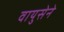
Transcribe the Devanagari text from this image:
वायुसेने